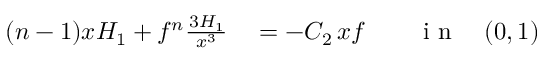
\begin{array} { r l r l } { ( n - 1 ) x H _ { 1 } + f ^ { n } \frac { \d ^ { 3 } H _ { 1 } } { \d x ^ { 3 } } } & { { } = - C _ { 2 } \, x f } & { } & { { } \mathrm { ~ i ~ n ~ } \quad ( 0 , 1 ) } \end{array}